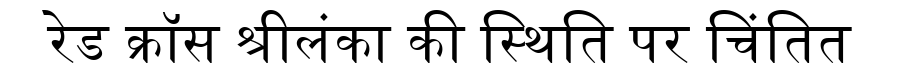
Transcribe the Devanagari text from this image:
रेड क्रॉस श्रीलंका की स्थिति पर चिंतित